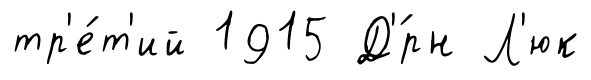
тр'е́т'ий 1915 Д'́рн Л'юк